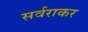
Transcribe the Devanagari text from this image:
सर्वराकर